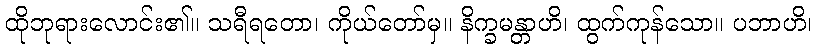
ထိုဘုရားလောင်း၏။ သရီရတော၊ ကိုယ်တော်မှ။ နိက္ခမန္တာဟိ၊ ထွက်ကုန်သော။ ပဘာဟိ၊